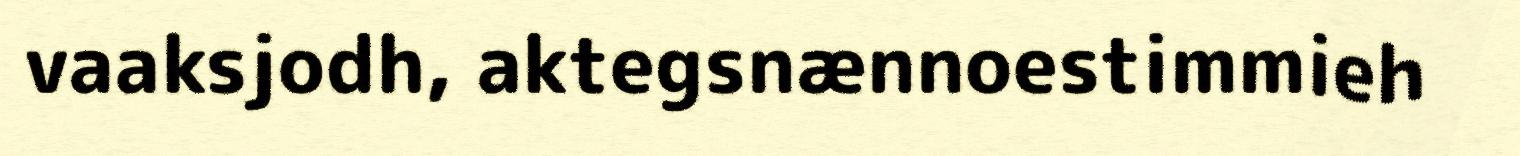
vaaksjodh, aktegsnænnoestimmieh